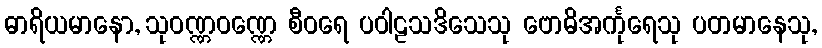
ဓာရိယမာနော, သုဝဏ္ဏဝဏ္ဏေ စီဝရေ ပဝါဠသဒိသေသု ဗောဓိအင်္ကုရေသု ပတမာနေသု,